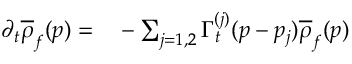
\begin{array} { r l } { \partial _ { t } \overline { { \rho } } _ { f } ( p ) = } & { { } - \sum _ { j = 1 , 2 } \Gamma _ { t } ^ { ( j ) } ( p - p _ { j } ) \overline { { \rho } } _ { f } ( p ) } \end{array}